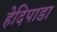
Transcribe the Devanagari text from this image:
हेदिपाडा